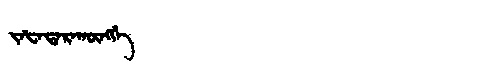
Manchu: ᠵᠠᡶᠠᡨᠠᡵᠠᡴᡡᠩᡤᡝ
Romanization: JAFATARAKŪNGGE